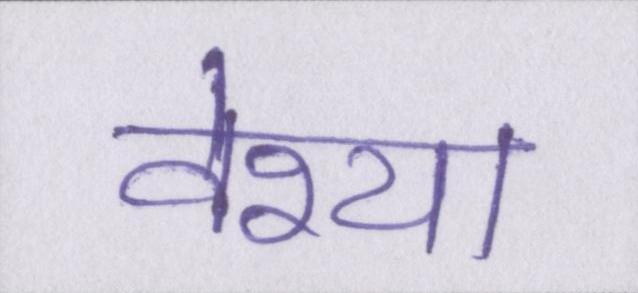
वेश्या